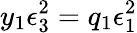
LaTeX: y_{1}\epsilon_{3}^{2}=q_{1}\epsilon_{1}^{2}